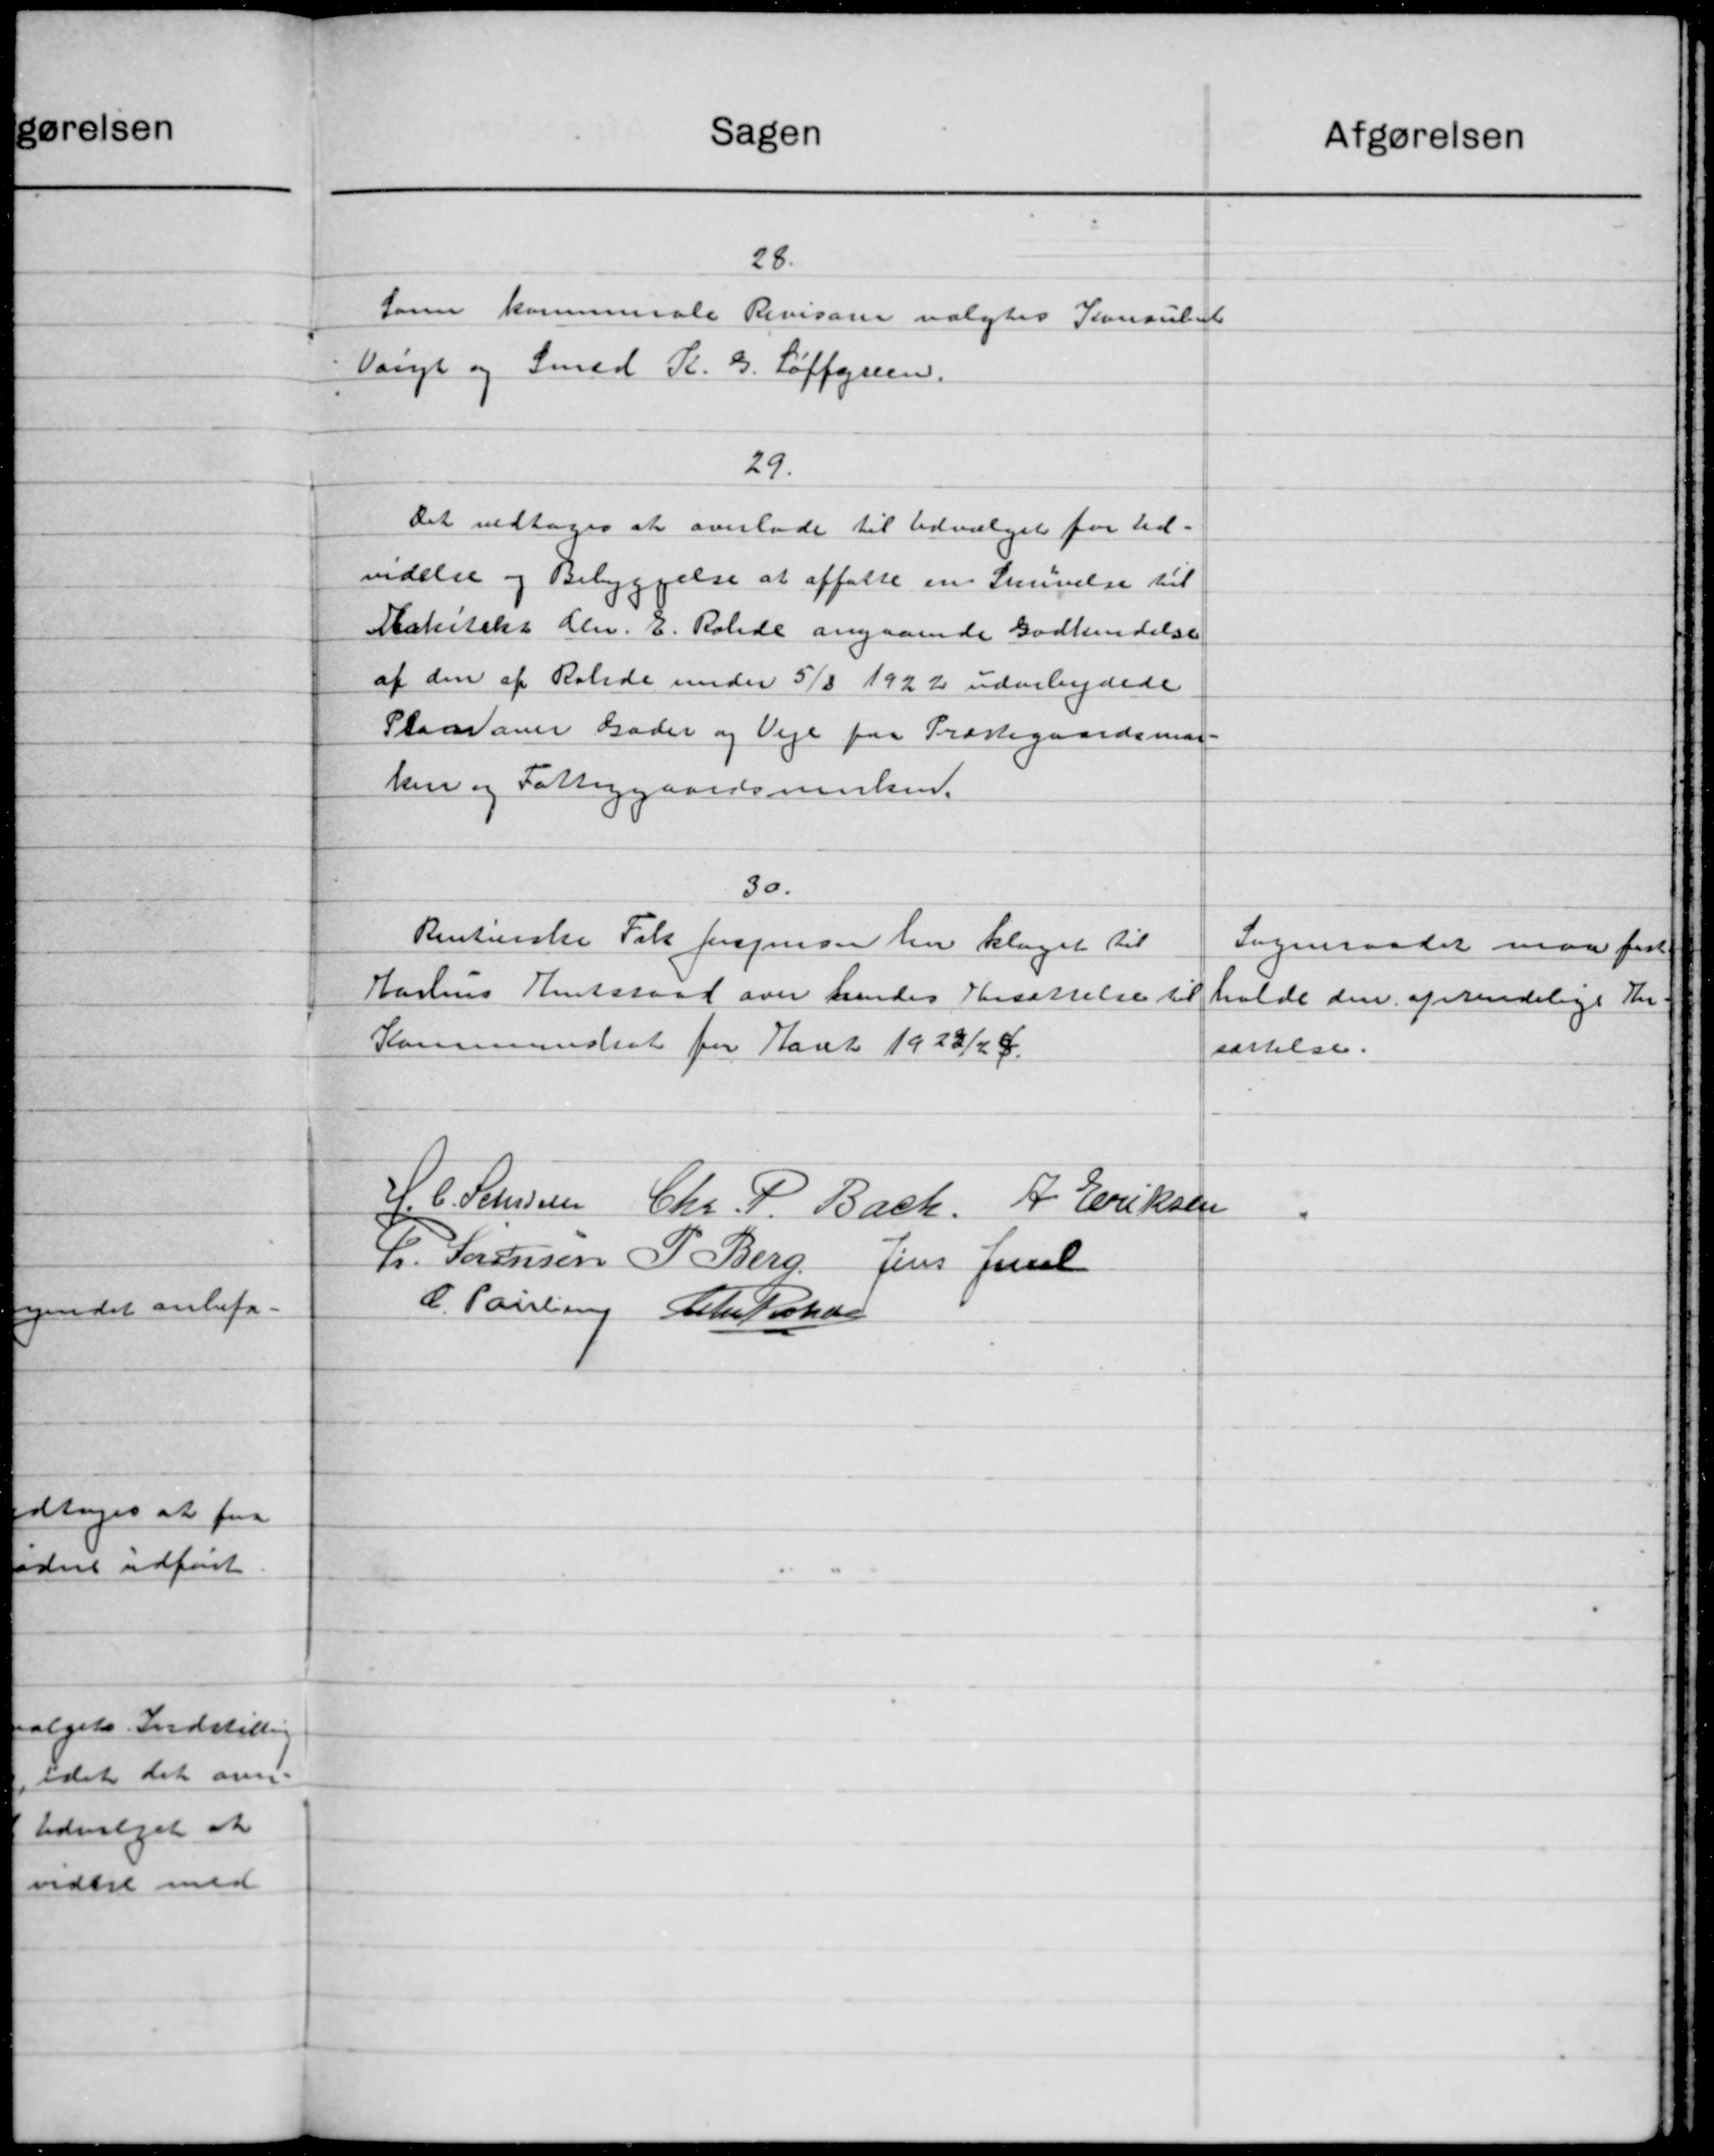
Transskription:
Sagen
28.
Sare kommunale Revisone valgtes Konsulet
Vangt og Smed R. G. Soffgreen.
29.
Det vedtoges at overlade til Udvalget for Ud-
endelse og Bebyggelse at affatte en Skrivelse til
Aarkitekt den 6. Rolde angaaende Godkendelse
af den af Ralede under 5/8 1922 udarbejdede
Plan over Gader og Veje paa Præstegaardsmed-
kur og Fattiggaardsmedlem.
30.
Renterske Frk Jørgensen har klaget til
Aarhus Amtsraad over hendes Ansættelse til
Kommuneret for Aaret 1928/29.
H. C. Stensen
Chr. P. Bach. A. Eriksen
h. Sørensen P. Berg Jens Juel
C. Poulsen Leth Joches